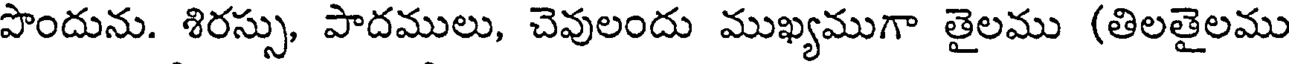
పొందును. శిరస్సు, పాదములు, చెవులందు ముఖ్యముగా తైలము (తిలతైలము